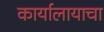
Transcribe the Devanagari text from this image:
कार्यालायाचा